Indian journal of veterinary science and animal husbandry - Volumes 15-17, 1948-1951
Year: 1948
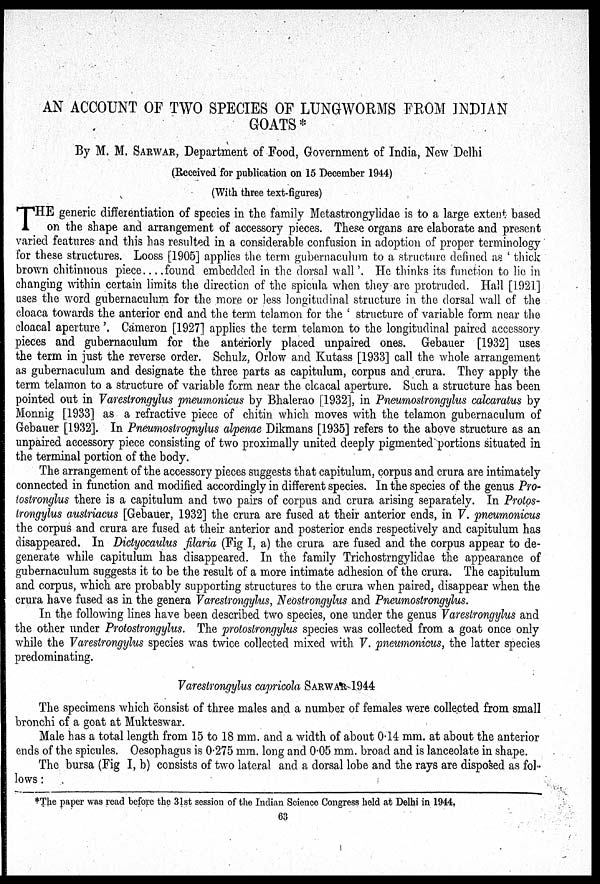
AN ACCOUNT OF TWO SPECIES OF LUNGWORMS FROM INDIAN
GOATS*
By M. M. SARWAR, Department of Food, Government of India, New Delhi
(Received for publication on 15 December 1944)
(With three text-figures)
T HE generic differentiation of species in the family Metastrongylidae is to a large extent based
on the shape and arrangement of accessory pieces. These organs are elaborate and present
varied features and this has resulted in a considerable confusion in adoption of proper terminology
for these structures. Looss [1905] applies the term gubernaculum to a structure defined as 'thick
brown chitinuous piece . . . . found embedded in the dorsal wall'. He thinks its function to lie in
changing within certain limits the direction of the spicula when they are protruded. Hall [1921]
uses the word gubernaculum for the more or less longitudinal structure in the dorsal wall of the
cloaca towards the anterior end and the term telamon for the 'structure of variable form near the
cloacal aperture'. Cameron [1927] applies the term telamon to the longitudinal paired accessory
pieces and gubernaculum for the anteriorly placed unpaired ones. Gebauer [1932] uses
the term in just the reverse order. Schulz, Orlow and Kutass [1933] call the whole arrangement
as gubernaculum and designate the three parts as capitulum, corpus and crura. They apply the
term telamon to a structure of variable form near the clcacal aperture. Such a structure has been
pointed out in Varestrongylus pneumonicus by Bhalerao [1932], in Pneumostrongylus calcaratus by
Monnig [1933] as a refractive piece of chitin which moves with the telamon gubernaculum of
Gebauer [1932]. In Pneumostrognylus alpenae Dikmans [1935] refers to the above structure as an
unpaired accessory piece consisting of two proximally united deeply pigmented portions situated in
the terminal portion of the body.
The arrangement of the accessory pieces suggests that capitulum, corpus and crura are intimately
connected in function and modified accordingly in different species. In the species of the genus Pro-
tostronglus there is a capitulum and two pairs of corpus and crura arising separately. In Protos-
trongylus austriacus [Gebauer, 1932] the crura are fused at their anterior ends, in V. pneumonicus
the corpus and crura are fused at their anterior and posterior ends respectively and capitulum has
disappeared. In Dictyocaulus filaria (Fig I, a) the crura are fused and the corpus appear to de-
generate while capitulum has disappeared. In the family Trichostrngylidae the appearance of
gubernaculum suggests it to be the result of a more intimate adhesion of the crura. The capitulum
and corpus, which are probably supporting structures to the crura when paired, disappear when the
crura have fused as in the genera Varestrongylus, Neostrongylus and Pneumostrongylus.
In the following lines have been described two species, one under the genus Varestrongylus and
the other under Protostrongylus. The protostrongylus species was collected from a goat once only
while the Varestrongylus species was twice collected mixed with V. pneumonicus, the latter species
predominating.
Varestrongylus capricola SARWAR 1944
The specimens which consist of three males and a number of females were collected from small
bronchi of a goat at Mukteswar.
Male has a total length from 15 to 18 mm. and a width of about 0.14 mm. at about the anterior
ends of the spicules. Oesophagus is 0.275 mm. long and 0.05 mm. broad and is lanceolate in shape.
The bursa (Fig I, b) consists of two lateral and a dorsal lobe and the rays are disposed as fol-
lows:
*The paper was read before the 31st session of the Indian Science Congress held at Delhi in 1944.
63